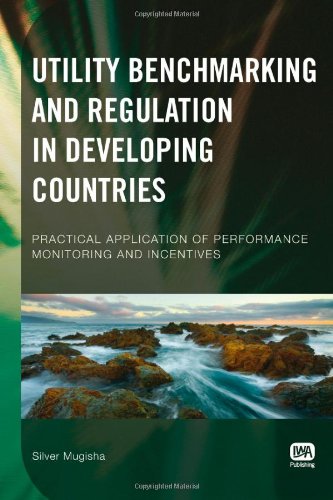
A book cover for Utility Benchmarking and Regulation in Developing Countries: Practical Application of Performance Monitoring and Incentives; Silver Mugisha; Law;